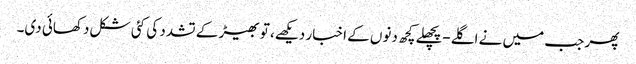
پھر جب میں نے اگلے-پچھلے کچھ دنوں کے اخبار دیکھے، تو بھیڑ کے تشدد کی کئی شکل دکھائی دی۔